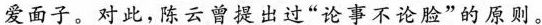
爱面子。对此，陈云曾提出过“论事不论脸”的原则。